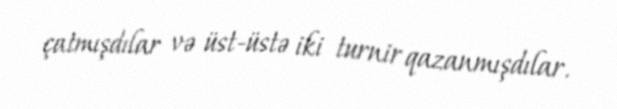
çatmışdılar və üst-üstə iki turnir qazanmışdılar.